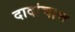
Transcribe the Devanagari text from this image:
दादांचाच